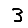
Digit: 3